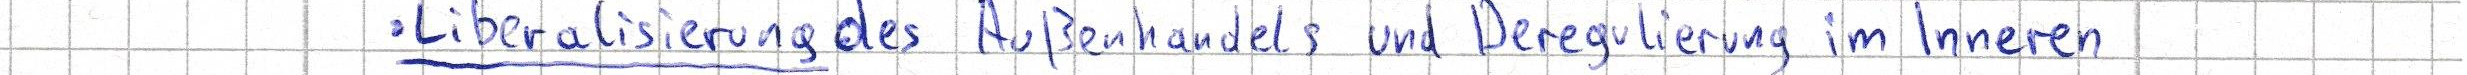
- Liberalisierung des Außenhandels und Deregulierung im Inneren